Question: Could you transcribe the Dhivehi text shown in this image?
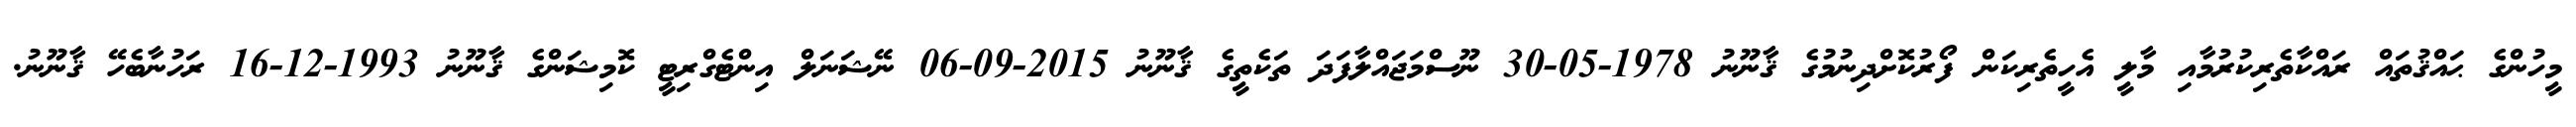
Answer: މީހުންގެ ޙައްޤުތައް ރައްކާތެރިކުރުމާއި މާލީ އެހީތެރިކަން ފޯރުކޮށްދިނުމުގެ ޤާނޫނު 1978-05-30 ނޫސްމަޖައްލާފަދަ ތަކެތީގެ ޤާނޫނު 2015-09-06 ނޭޝަނަލް އިންޓެގްރިޓީ ކޮމިޝަންގެ ޤާނޫނު 1993-12-16 ރަހުނާބެހޭ ޤާނޫނު.